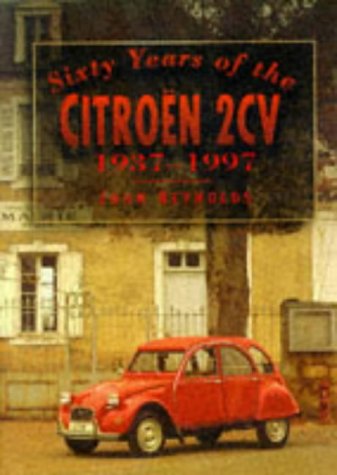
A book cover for Sixty Years of the Citroen 2Cv: 1937-1997; John Reynolds; Engineering & Transportation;